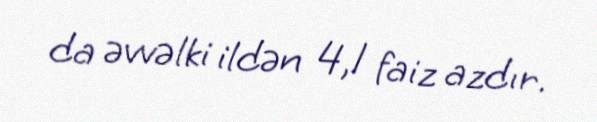
da əvvəlki ildən 4,1 faiz azdır.